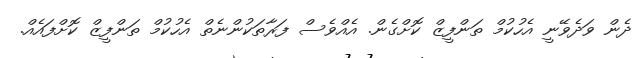
ދެން ވަދެވޭނީ އެހުކުމް ތަންފީޒް ކޮށްގެން. އެއްވެސް ފަރާތަކުންނެތް އެހުކުމް ތަންފީޒް ކޮށްފައެއް.